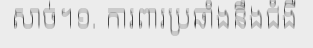
សាច់។១. ការពារប្រឆាំងនឹងជំងឺ